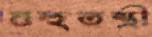
বহুতন্ত্রী